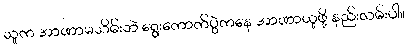
သူက အာဏာမသိမ်းဘဲ ရွေးကောက်ပွဲကနေ အာဏာယူဖို့ နည်းလမ်းပါ။